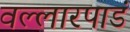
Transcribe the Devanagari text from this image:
वल्लारपाडं